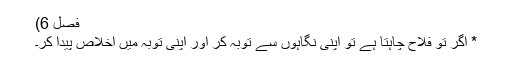
فصل 6)
* اگر تو فلاح چاہتا ہے تو اپنی نگاہوں سے توبہ کر اور اپنی توبہ میں اخلاص پیدا کر۔